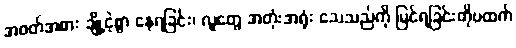
အဝတ်အစား ချို့ငဲ့စွာ နေရခြင်း၊ လူတွေ အတုံးအရုံး သေသည်ကို မြင်ရခြင်းတိုပထက်